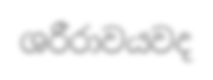
ශරීරාවයවද